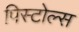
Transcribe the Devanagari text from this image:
पिस्टोल्स